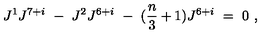
J ^ { 1 } J ^ { 7 + i } \ - \ J ^ { 2 } J ^ { 6 + i } \ - \ ( { \frac { n } { 3 } } + 1 ) J ^ { 6 + i } \ = \ 0 \ ,